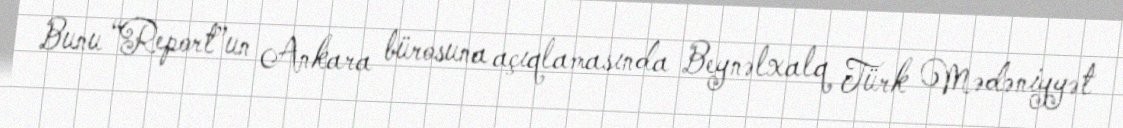
Bunu “Report”un Ankara bürosuna açıqlamasında Beynəlxalq Türk Mədəniyyət